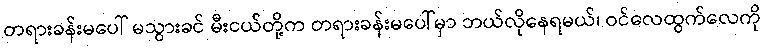
တရားခန်းမပေါ် မသွားခင် မီးငယ်တို့က တရားခန်းမပေါ်မှာ ဘယ်လိုနေရမယ်၊ ဝင်လေထွက်လေကို